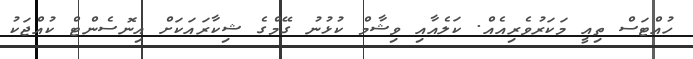
ހުއްޓަސް ތިއީ މަކަރުވެރިއެއް. ކަލެއާއި ވިޝާމް ކުޅުނު ގޭމްގެ ޝިކާރައަކަށް އިނޮސެންޓް ކުއްޖަކު